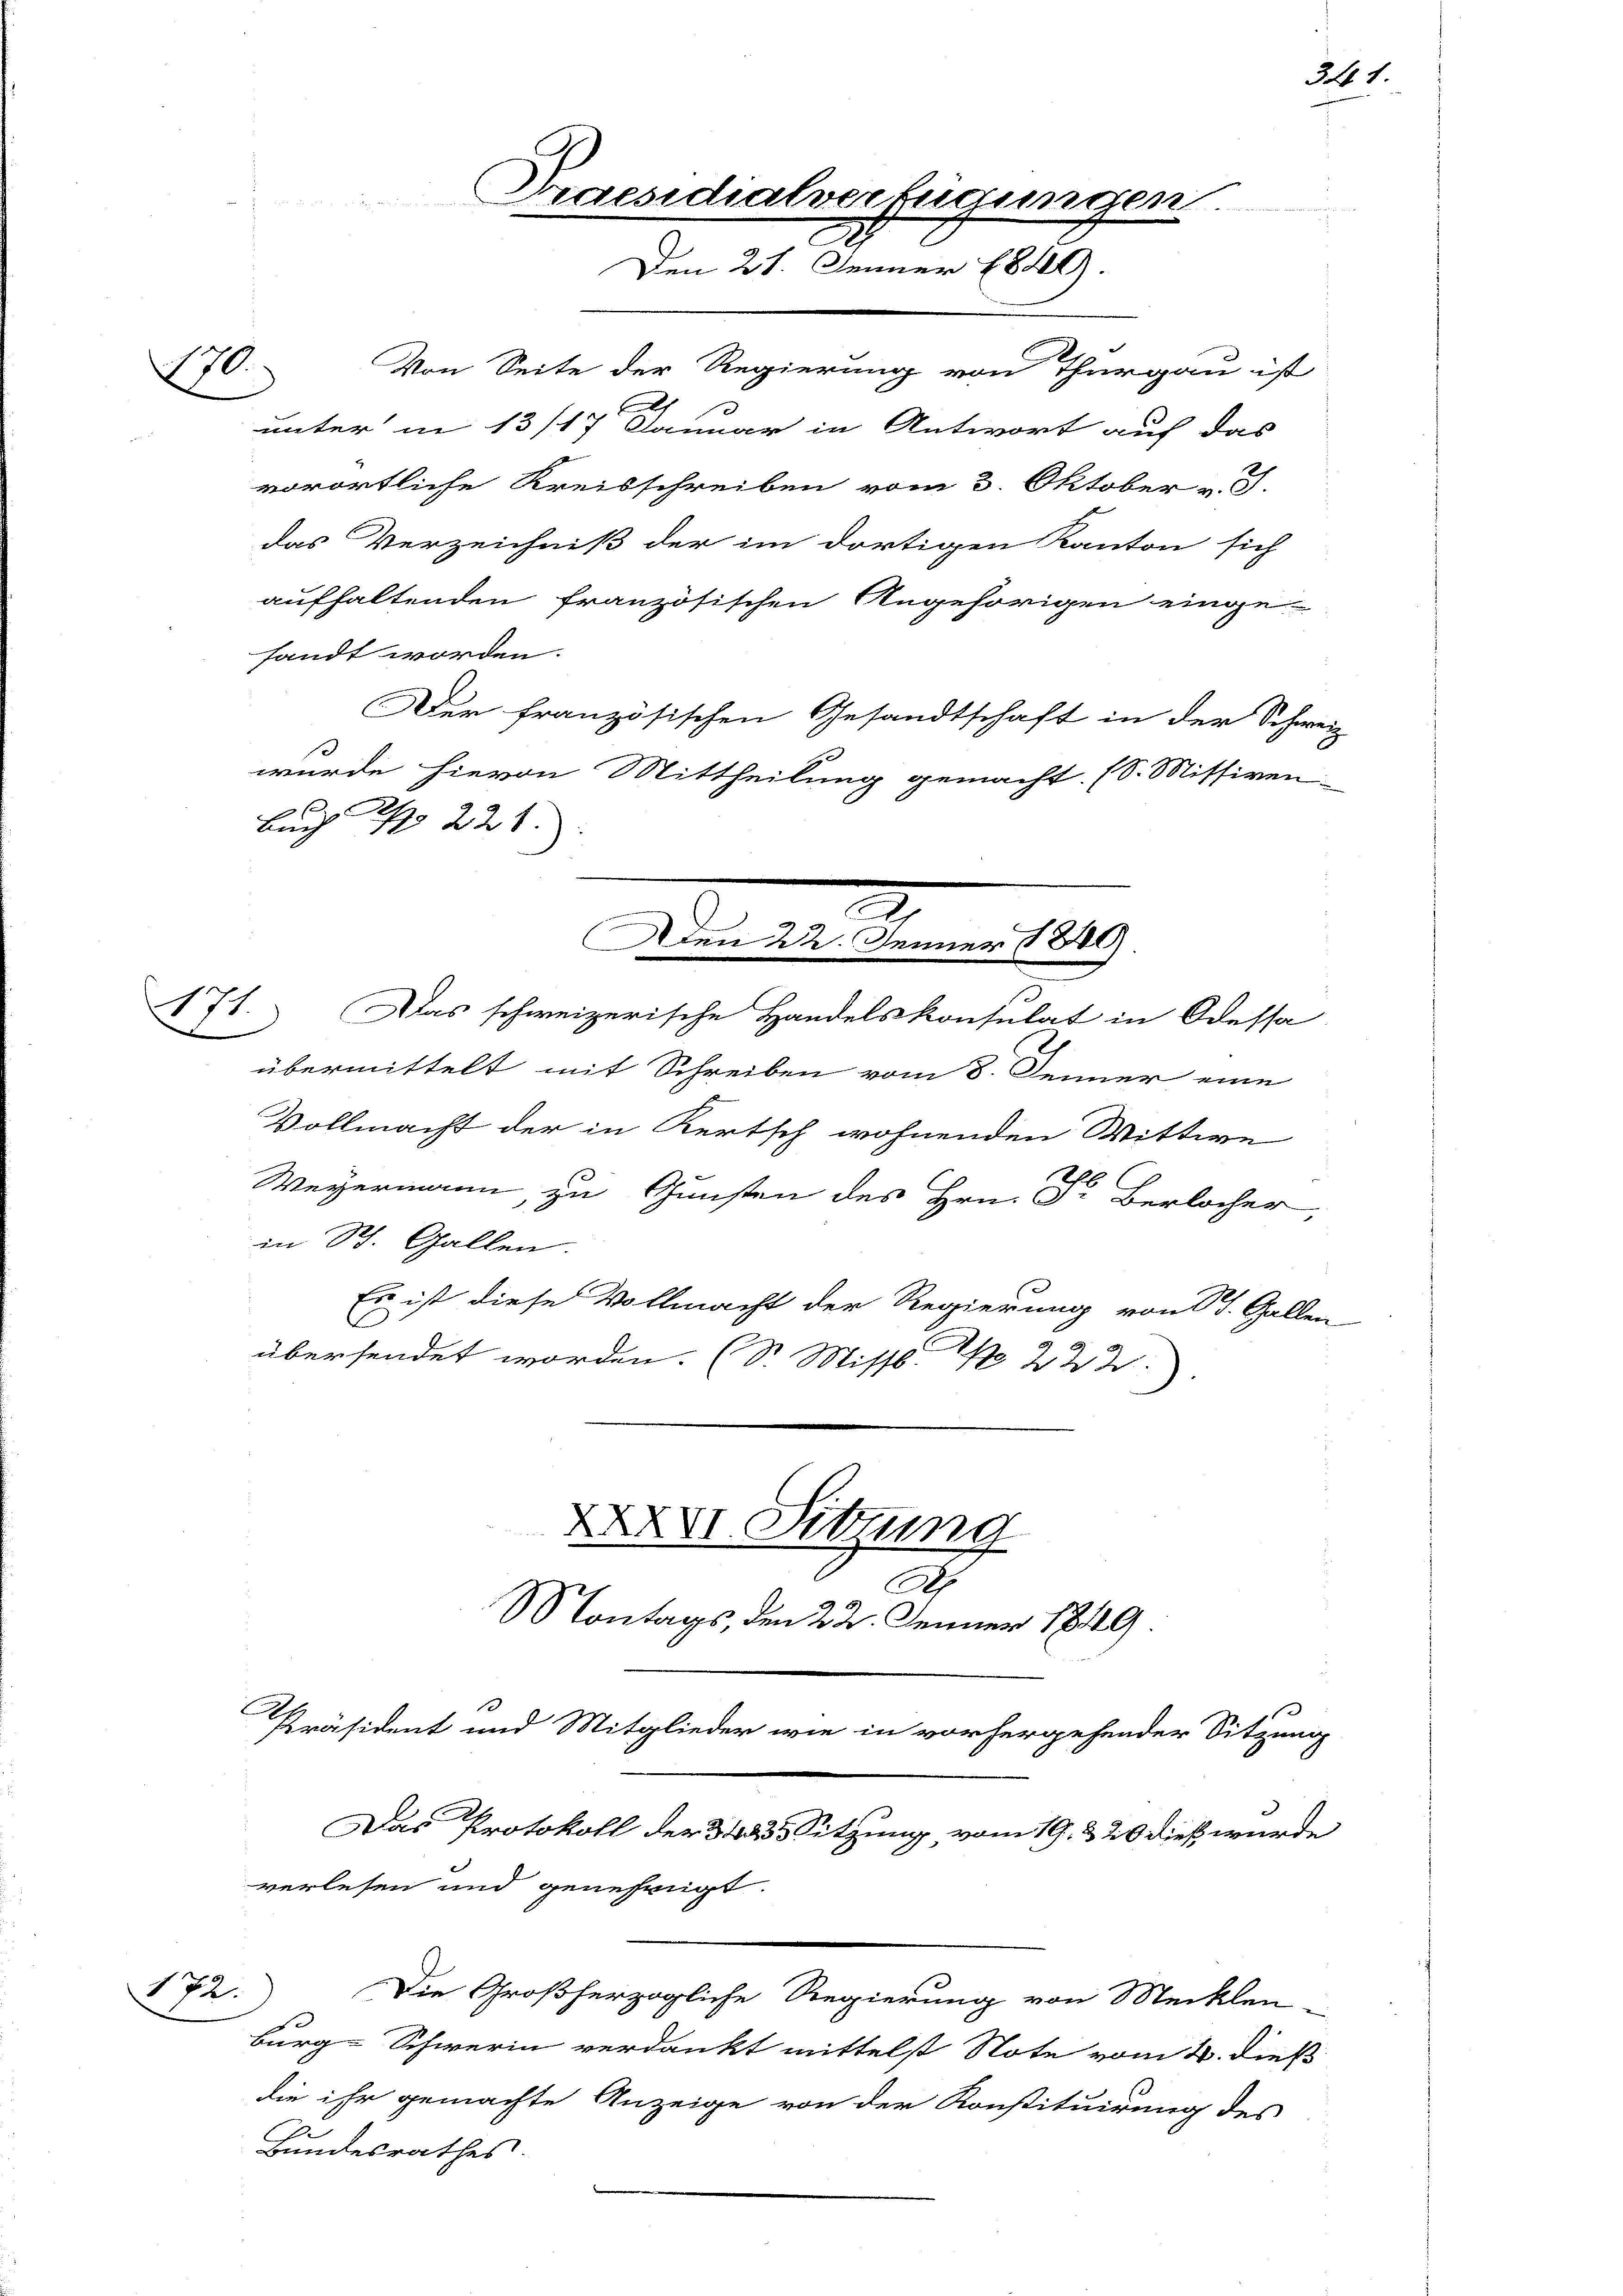
170

d

Von Seite der Regierung von Thurgau ist
unter in 13/17 Januar in Antwort auf das
vorörtliche Kreisschreiben vom 3. Oktober v. J.
das Verzeichniß der im dortigen Kanton sich
aufhaltenden französischen Angehörigen einge-
sandt worden.
Der französischen Gesandtschaft in der Schweiz
wurde hievon Mittheilung gemacht. (S. Missiven
.
No 221.
Auch

171. Das schweizerische Handelskonsulat in Odessa
übermittelt mit Schreiben vom 8. Jenner eine
Vollmacht der in Kertsch wohnenden Wittwe
Weyermann, zu Gunsten des Hrn. F. Berlocher,
in St. Gallen.
Es ist diese Vollmacht der Regierung von St. Gallen
übersendet worden. (Dr. Miss. 1 223.
XXXVI. Sitzung
A
Montags, den 22. Jenner 1849
E
Präsident und Mitglieder wie in vorhergehender Sitzung
Das Protokoll der das Sitzung vom 19. & 26 dieß wurde
verlesen und genehmigt.

d
Den 22. Jenner 1840.

Praesidialverfügungen
Den 21. Jenner 1889.

172. Die Großherzogliche Regierung von Mecklen
burg-Schwerin verdankt mittelst Note vom 1. dieß
die ihr gemachte Anzeige von der Konstituirung des
I
Bundesrathes.

341.